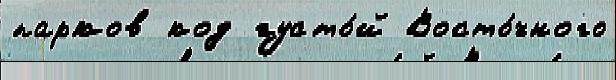
парков код густо́й Восто́чного